Sanitation, dispensaries and jails vaccination Rajputana 1922-1927 - 1922-1927
Year: 1922
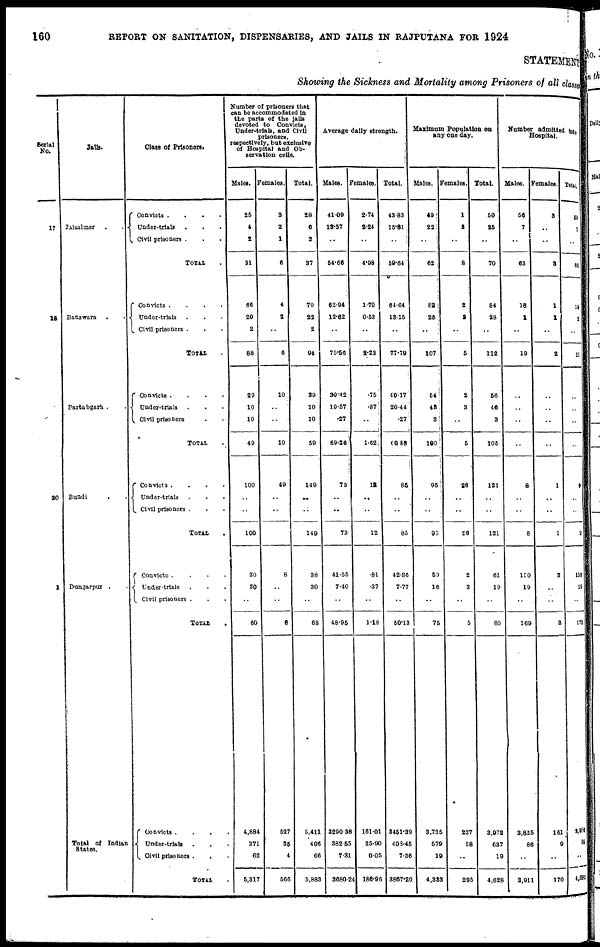
160
REPORT ON SANITATION, DISPENSARIES, AND JAILS IN RAJPUTANA FOR 1924
STATEMENT
Showing the Sickness and Mortality among Prisoners of all classes
Serial
No.
17
18
20
1
Jails.
Jaisalmer
.
.
Banswara. .
Partabgarh . .
Bundi . .
Dungarpur . .
Total of Indian
States.
Class of Prisoners.
Convicts .
.
.
.
Under-trials . . .
Civil prisoners . . .
TOTAL .
Convicts .
.
.
Under-trials . . .
Civil prisoners . . .
TOTAL .
Convicts .
.
.
Under-trials . . .
Civil prisoners . .
TOTAL .
Convicts .
.
.
.
Under-trials . . .
Civil prisoners . . .
TOTAL .
Convicto .
.
. .
Under-trials . . .
Civil prisoners . . .
TOTAL .
Convicts
. . . .
Under-trials . . .
Civil prisoners .
.
TOTAL .
Number of prisoners that
can be accommodated in
the parts of the jails
devoted to Convicts,
Under-trials, and Civil
prisoners,
respectively, but exclusive
of Hospital and Ob-
servation cells.
Males.
25
4
2
31
66
20
2
88
29
10
10
49
100
..
..
100
30
30
..
60
4,884
371
62
5,317
Females.
3
2
1
6
4
2
..
6
10
..
..
10
49
..
..
49
8
..
..
8
527
35
4
566
Total.
28
6
3
37
70
22
2
94
39
10
10
59
149
..
..
149
38
30
..
68
5,411
406
66
5,883
Average daily strength.
Males.
41.09
13.57
..
54.66
62.94
12.62
..
75.56
39.42
19.57
.27
59.26
73
..
..
73
41.55
7.40
..
48.95
3290.38
382.55
7.31
3680.24
Females.
2.74
2.24
..
4.98
1.70
0.53
..
2.23
.75
.87
..
1.62
12
..
..
12
.81
.37
..
1.18
161.01
25.90
0.05
186.96
Total.
43.83
15.81
..
59.64
64.64
13.15
..
77.79
40.17
20.44
.27
60.88
85
..
..
85
42.36
7.77
..
50.13
3451.39
408.45
7.36
3867.20
Maximum Population on
any one day.
Males.
49
22
..
62
82
25
..
107
54
43
3
100
95
..
..
95
59
16
..
75
3,735
579
19
4,333
Females.
1
3
..
8
2
2
..
5
2
3
..
5
26
..
..
26
2
3
..
5
237
58
..
295
Total.
50
25
..
70
84
28
..
112
56
46
3
105
121
..
..
121
61
19
..
80
3,972
637
19
4,628
Number admitted into
Hospital.
Males.
56
7
..
63
18
1
..
19
..
..
..
..
8
..
..
8
150
19
..
169
3,825
86
..
3,911
Females.
3
..
..
3
1
1
..
2
..
..
..
..
1
..
..
1
3
..
..
3
161
9
..
170
Total.
59
7
..
66
19
2
..
21
..
..
..
..
9
..
..
9
153
19
..
172
3,986
95
..
4,081